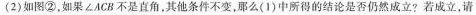
(2) 如图②，如果 ∠ACB 不是直角，其他条件不变，那么( 1 )中所得的结论是否仍然成立? 若成立，请